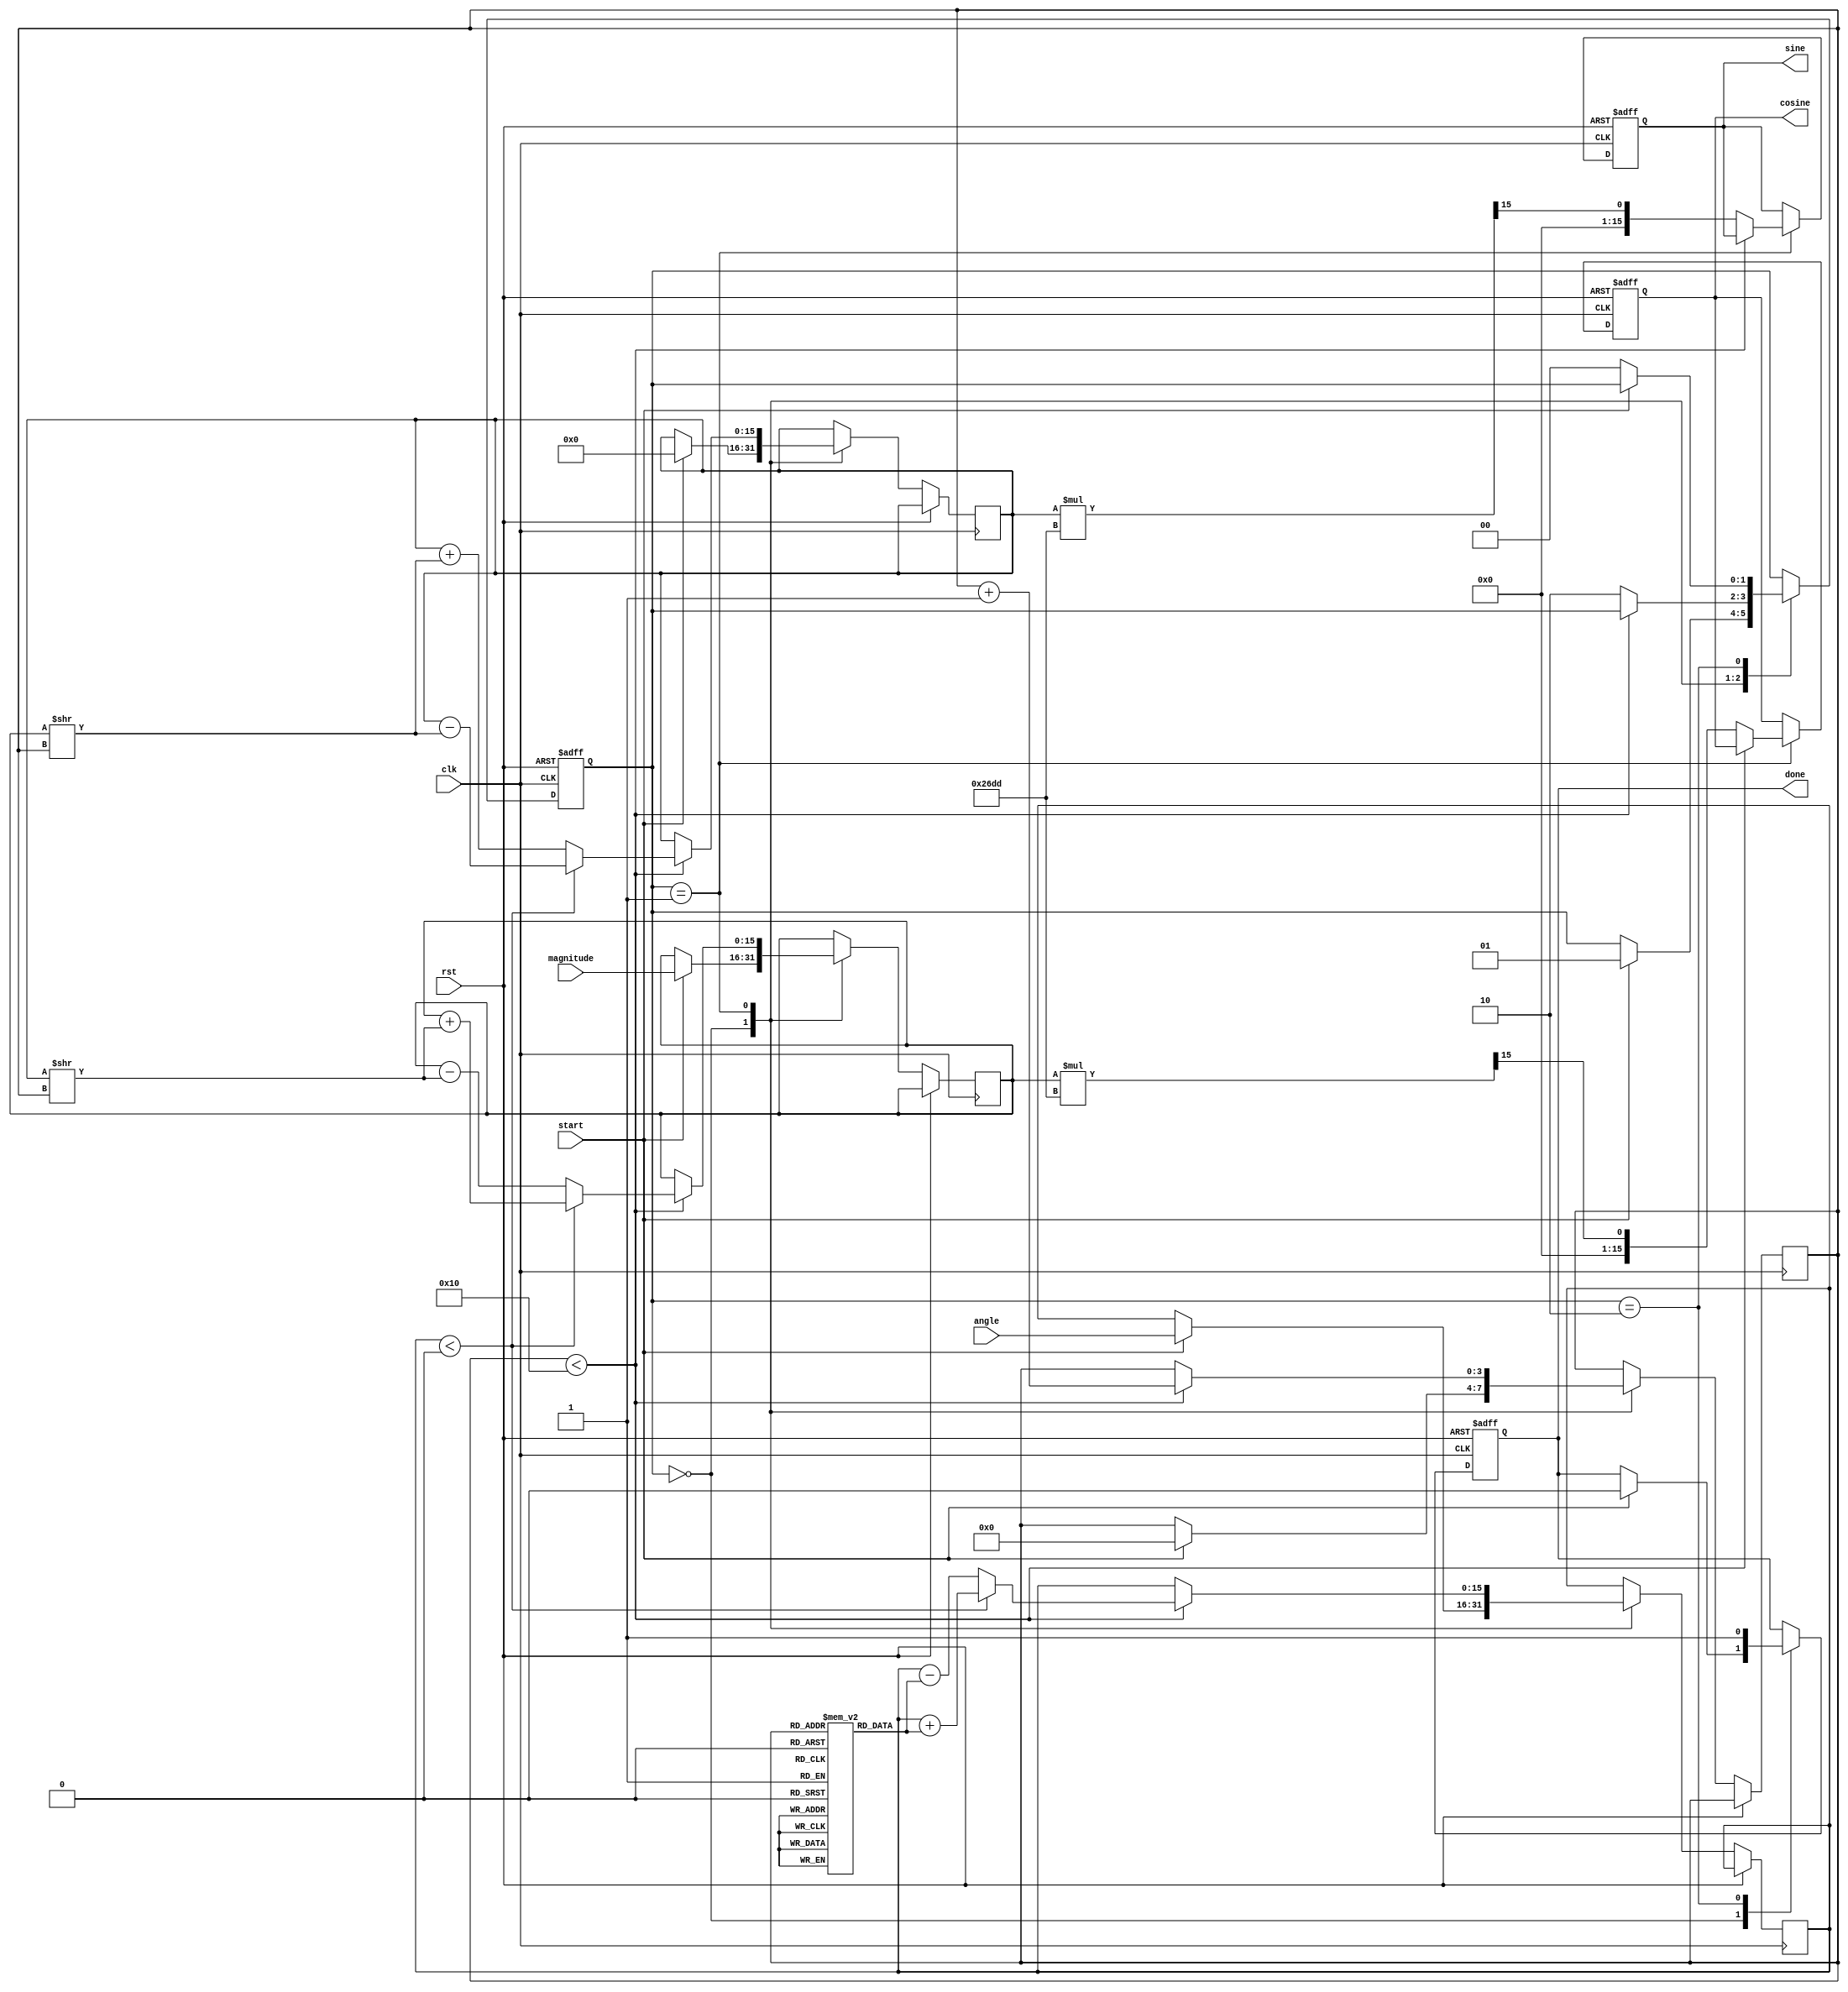
module cordic (
    input wire clk,
    input wire rst,
    input wire start,
    input wire [15:0] angle,      // Fixed-point angle input
    input wire [15:0] magnitude,  // Fixed-point magnitude input
    output reg [15:0] cosine,     // Fixed-point cosine output
    output reg [15:0] sine,       // Fixed-point sine output
    output reg done               // Processing done flag
);

    parameter NUM_ITERATIONS = 16; // Number of iterations
    parameter CORDIC_GAIN = 16'h26DD; // Fixed-point scaling factor (K = 0.607)

    reg [15:0] x, y, z;            // x, y, and z registers
    reg [3:0] iter;                // Iteration counter
    reg [1:0] state;               // FSM state
    reg [15:0] atan_table [0:NUM_ITERATIONS-1]; // Lookup table for arctangent values

    // FSM states
    localparam IDLE = 2'b00;
    localparam PROCESS = 2'b01;
    localparam DONE = 2'b10;

    // Initialize arctangent values (fixed-point representation)
    initial begin
        atan_table[0] = 16'h2000; // atan(2^0) = 0.7854
        atan_table[1] = 16'h1000; // atan(2^-1) = 0.4636
        atan_table[2] = 16'h0800; // atan(2^-2) = 0.2449
        atan_table[3] = 16'h0400; // atan(2^-3) = 0.1244
        // ... Fill in remaining values ...
        atan_table[14] = 16'h0001; // atan(2^-14)
        atan_table[15] = 16'h0000; // atan(2^-15)
    end

    // FSM for CORDIC processing
    always @(posedge clk or posedge rst) begin
        if (rst) begin
            state <= IDLE;
            done <= 0;
            cosine <= 0;
            sine <= 0;
        end else begin
            case (state)
                IDLE: begin
                    if (start) begin
                        x <= magnitude; // Initialize x with magnitude
                        y <= 0;         // Initialize y to 0
                        z <= angle;     // Load angle
                        iter <= 0;      // Reset iteration counter
                        state <= PROCESS; // Move to processing state
                        done <= 0;     // Clear done flag
                    end
                end

                PROCESS: begin
                    if (iter < NUM_ITERATIONS) begin
                        // CORDIC rotation
                        if (z < 0) begin
                            // Rotate clockwise
                            x <= x + (y >> iter);
                            y <= y - (x >> iter);
                            z <= z + atan_table[iter];
                        end else begin
                            // Rotate counter-clockwise
                            x <= x - (y >> iter);
                            y <= y + (x >> iter);
                            z <= z - atan_table[iter];
                        end
                        iter <= iter + 1; // Increment iteration counter
                    end else begin
                        // Final scaling
                        cosine <= (x * CORDIC_GAIN) >> 15; // Scale x for cosine
                        sine <= (y * CORDIC_GAIN) >> 15;   // Scale y for sine
                        state <= DONE; // Move to done state
                    end
                end

                DONE: begin
                    done <= 1; // Set done flag
                    if (!start) begin
                        state <= IDLE; // Return to idle state
                    end
                end
            endcase
        end
    end
endmodule